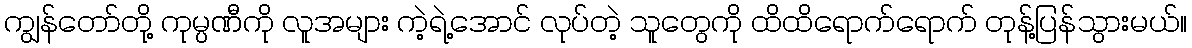
ကျွန်တော်တို့ ကုမ္ပဏီကို လူအများ ကဲ့ရဲ့အောင် လုပ်တဲ့ သူတွေကို ထိထိရောက်ရောက် တုန့်ပြန်သွားမယ်။